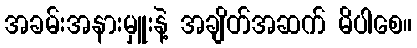
အခမ်းအနားမှူးနဲ့ အချိတ်အဆက် မိပါစေ။